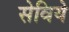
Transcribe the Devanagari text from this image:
सेविये